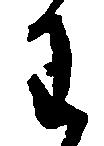
わ